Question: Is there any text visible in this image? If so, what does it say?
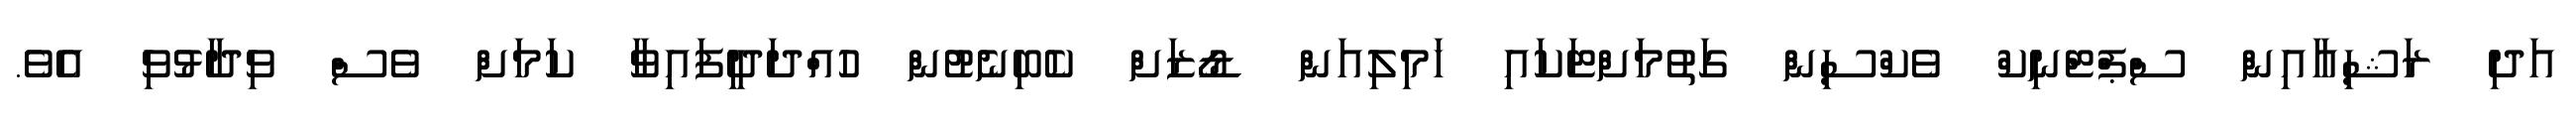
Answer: އަދި ރަޝިއާއިން ސްޕްޓްނިކް ވެކްސިން ގަތުމަށްޓަކައި ހަމިލިއަން ޑޯޒަށް ކެބިނެޓުން ހުއްދަދީފައިވާ ކަމަށް ވެސް ވިދާޅުވި އެވެ.